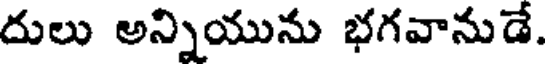
దులు అన్నియును భగవానుడే.